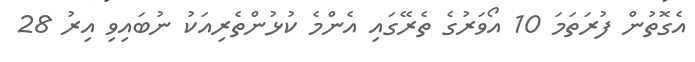
އެގޮތުން ފުރަތަމަ 10 އޯވަރުގެ ތެރޭގައި އެންމެ ކުޅުންތެރިއަކު ނުބައިވި އިރު 28